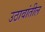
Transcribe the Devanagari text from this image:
उठावांतील